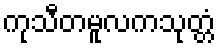
ကုသီတမူလကသုတ္တံ